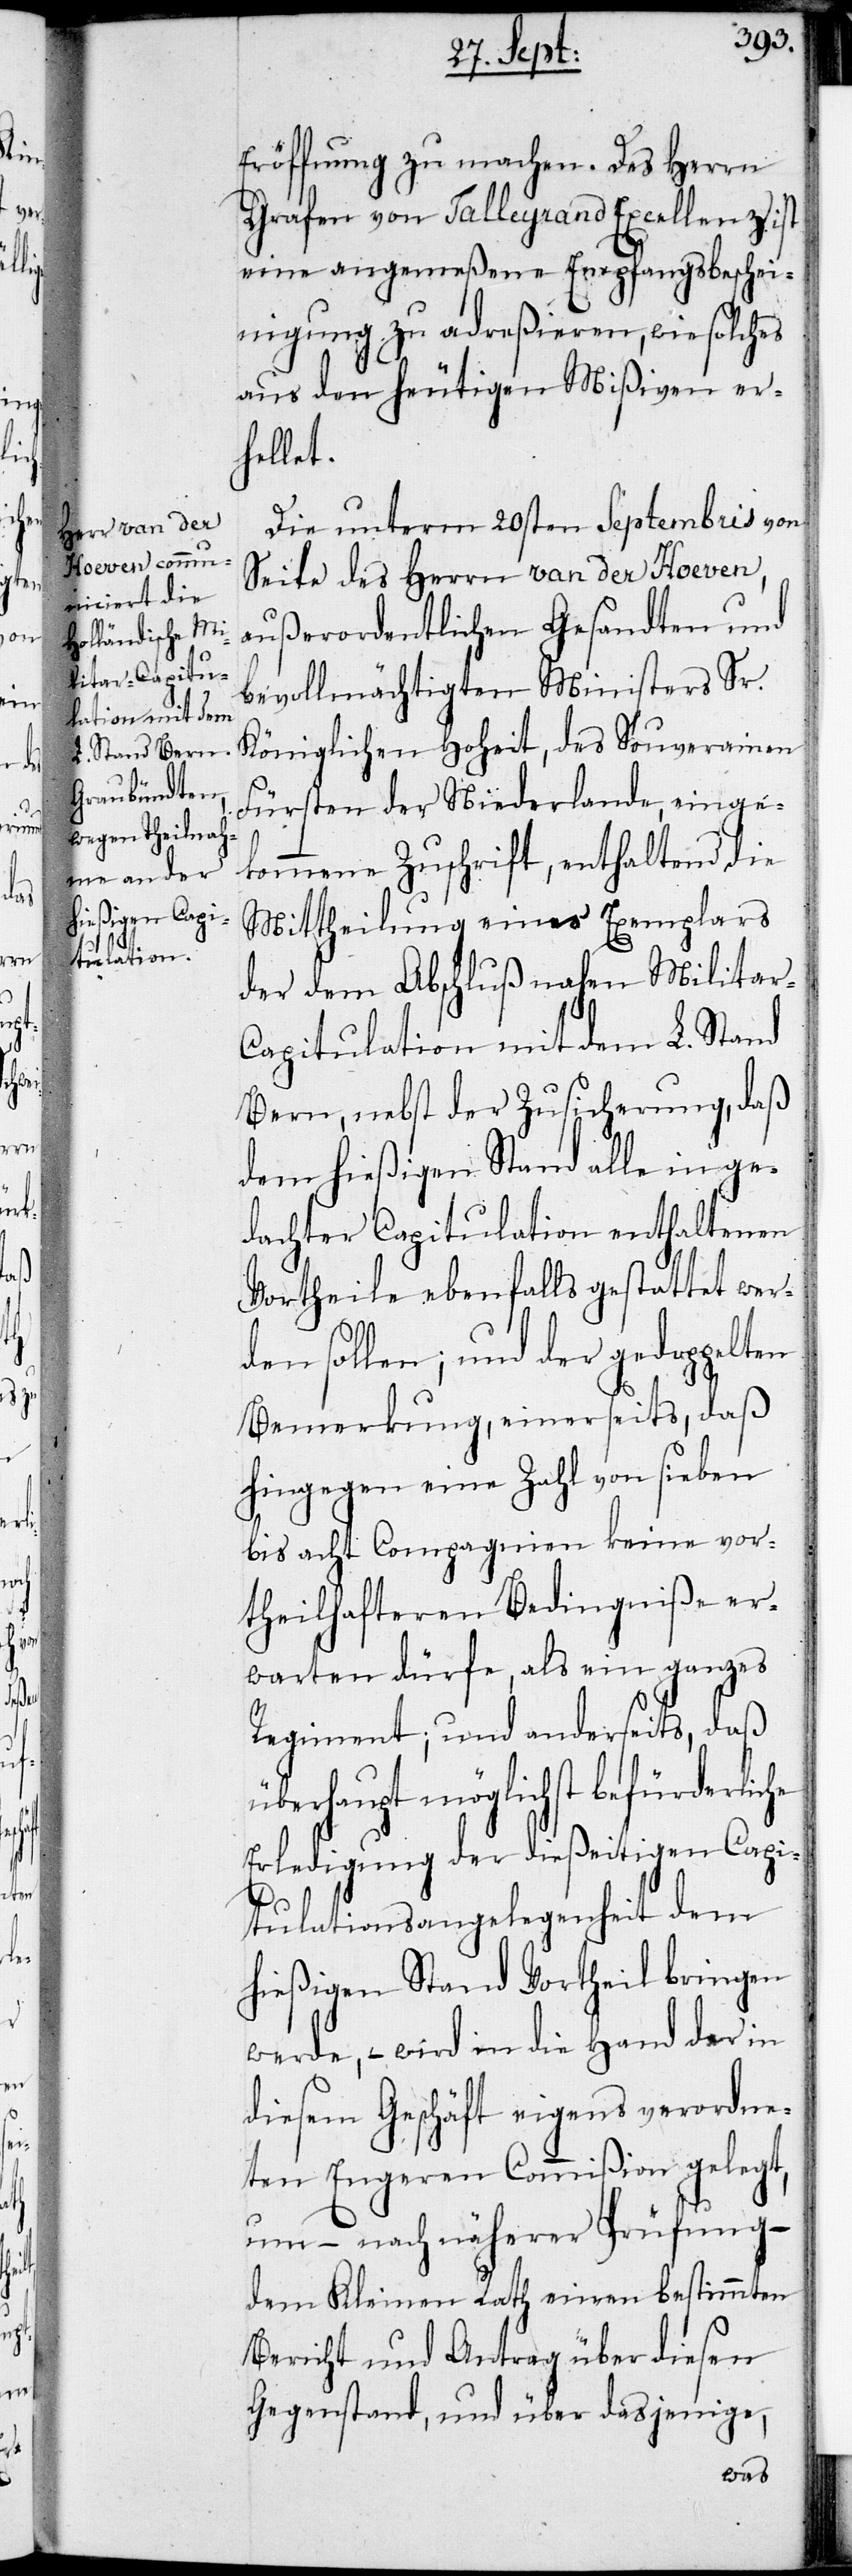
Eröffnung zu machen. Des Herrn
Grafen von Talleyrand Excellenz ist
eine angemeßene Empfangsbeschei¬
nigung zu adreßieren, wie solches
aus den heutigen Mißiven er¬
hellet.
Die unterm 20sten Septembris von
Seite des Herrn van der Hoeven,
außerordentlichen Gesandten und
bevollmächtigten Ministers Sr.
Königlichen Hoheit, des Souverainen
Fürsten der Niederlande, einge¬
kommene Zuschrift, enthaltend die
Mittheilung eines Exemplars
der dem Abschluß nahen Militar-C¬
apitulation mit dem L. Stand
Bern, nebst der Zusicherung, daß
dem hießigen Stand alle in ge¬
dachter Capitulation enthaltenen
Vortheile ebenfalls gestattet wer¬
den sollen; und der gedoppelten
Bemerkung, einerseits, daß
hingegen eine Zahl von sieben
bis acht Compagnien keine vor¬
theilhafteren Bedingniße er¬
warten dürfe, als ein ganzes
Regiment; und anderseits, daß
überhaupt möglichst befürderliche
Erledigung der dießeitigen Capi¬
tulationsangelegenheit dem
hießigen Stand Vortheil bringen
werde, – wird in die Hand der in
diesem Geschäft eigens verordne¬
ten Engeren Commißion gelegt,
um – nach näherer Prüfung –
dem Kleinen Rath einen bestimmten
Bericht und Antrag über diesen
Gegenstand, und über dasjenige,